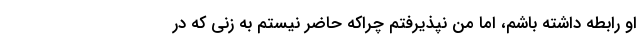
او رابطه داشته باشم، اما من نپذیرفتم چراکه حاضر نیستم به زنی که در